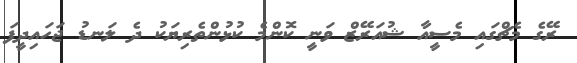
ރޭގެ މެޗްގައި މެސީއާ ޝުއަރޭޒް ވަނީ ކޮންމެ ކުޅުންތެރިޔަކު ދެ ލަނޑު ޖަހައިދީފަ